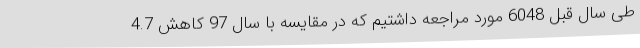
طی سال قبل 6048 مورد مراجعه داشتیم که در مقایسه با سال 97 کاهش 4.7